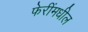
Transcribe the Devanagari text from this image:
फेरींमधील